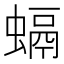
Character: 螎